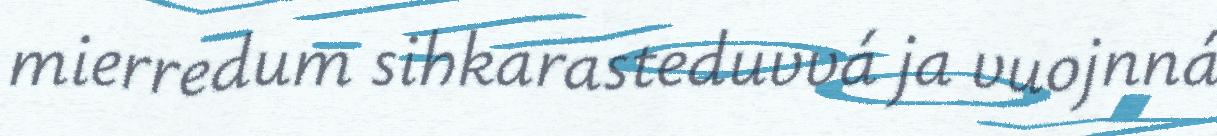
mierredum sihkarasteduvvá ja vuojnná